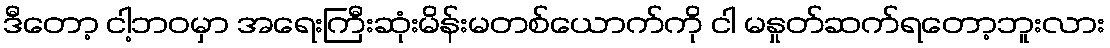
ဒီတော့ ငါ့ဘဝမှာ အရေးကြီးဆုံးမိန်းမတစ်ယောက်ကို ငါ မနှုတ်ဆက်ရတော့ဘူးလား